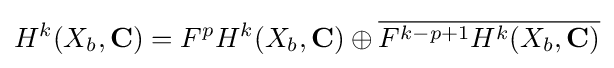
H^{k}(X_{b},\mathbf {C} )=F^{p}H^{k}(X_{b},\mathbf {C} )\oplus {\overline {F^{k-p+1}H^{k}(X_{b},\mathbf {C} )}}